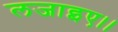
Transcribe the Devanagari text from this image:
लजाइए।।